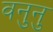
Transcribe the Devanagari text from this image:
वनुनु